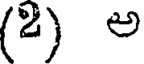
(2) అ